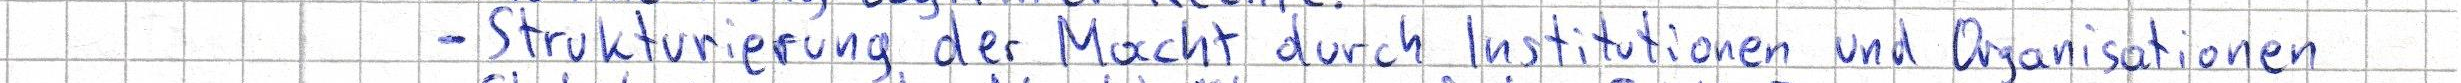
- Strukturierung der Macht durch Institutionen und Organisationen